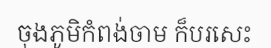
ចុងភូមិកំពង់ចាម ក៏បរសេះ